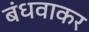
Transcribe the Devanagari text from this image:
बंधवाकर